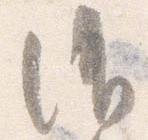
消